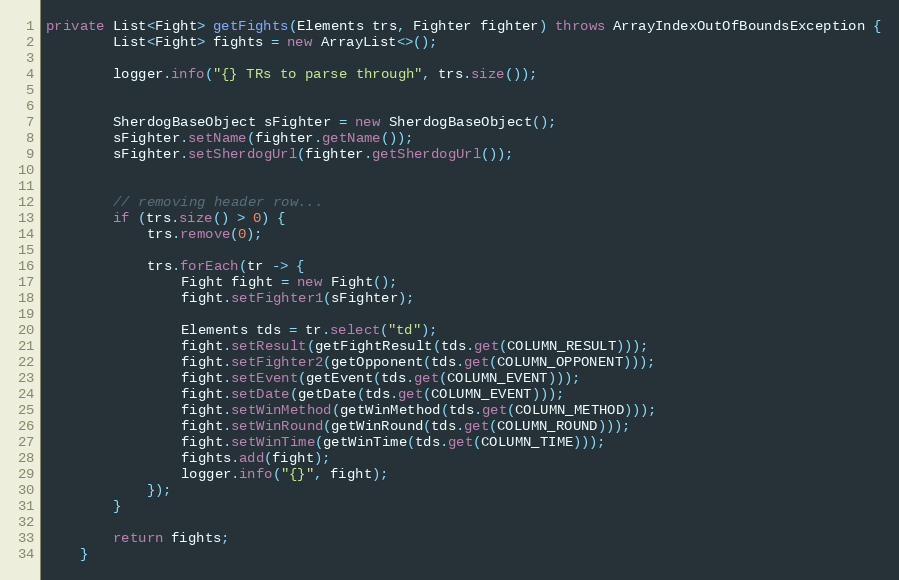
Language: Java
private List<Fight> getFights(Elements trs, Fighter fighter) throws ArrayIndexOutOfBoundsException {
        List<Fight> fights = new ArrayList<>();

        logger.info("{} TRs to parse through", trs.size());

        SherdogBaseObject sFighter = new SherdogBaseObject();
        sFighter.setName(fighter.getName());
        sFighter.setSherdogUrl(fighter.getSherdogUrl());

        // removing header row...
        if (trs.size() > 0) {
            trs.remove(0);

            trs.forEach(tr -> {
                Fight fight = new Fight();
                fight.setFighter1(sFighter);

                Elements tds = tr.select("td");
                fight.setResult(getFightResult(tds.get(COLUMN_RESULT)));
                fight.setFighter2(getOpponent(tds.get(COLUMN_OPPONENT)));
                fight.setEvent(getEvent(tds.get(COLUMN_EVENT)));
                fight.setDate(getDate(tds.get(COLUMN_EVENT)));
                fight.setWinMethod(getWinMethod(tds.get(COLUMN_METHOD)));
                fight.setWinRound(getWinRound(tds.get(COLUMN_ROUND)));
                fight.setWinTime(getWinTime(tds.get(COLUMN_TIME)));
                fights.add(fight);
                logger.info("{}", fight);
            });
        }

        return fights;
    }